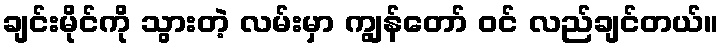
ချင်းမိုင်ကို သွားတဲ့ လမ်းမှာ ကျွန်တော် ဝင် လည်ချင်တယ်။